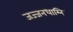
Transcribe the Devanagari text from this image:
जज्जनधाम्नि